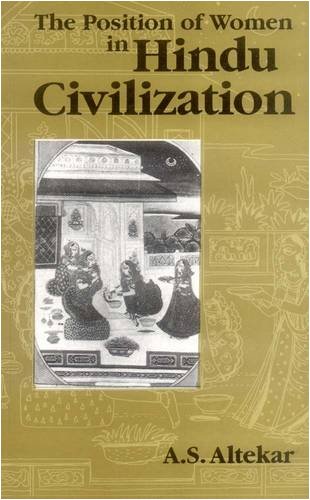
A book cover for Position of Women in Hindu Civilization: From Prehistoric Times to the Present Day; A.S. Altekar; Religion & Spirituality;